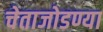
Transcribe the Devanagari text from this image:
चेताजोडण्या